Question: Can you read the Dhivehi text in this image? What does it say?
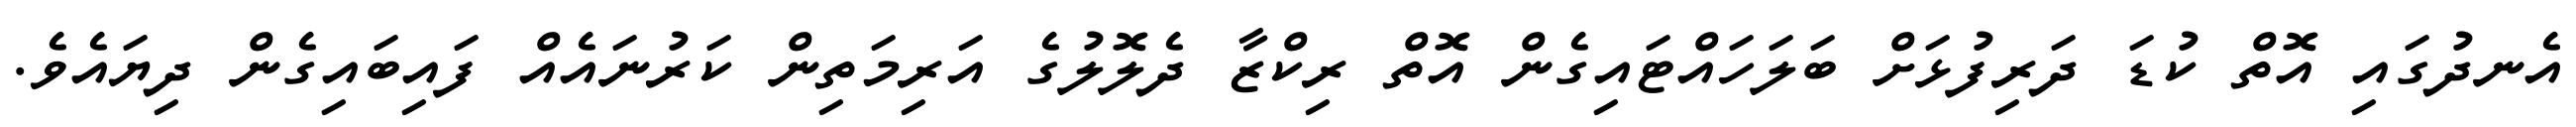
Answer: އެނދުގައި އޮތް ކުޑަ ދަރިފުޅަށް ބަލަހައްޓައިގެން އޮތް ރިކްޒާ ދެލޮލުގެ އަރިމަތިން ކަރުނައެއް ފައިބައިގެން ދިޔައެވެ.